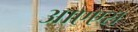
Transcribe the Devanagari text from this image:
आएएस